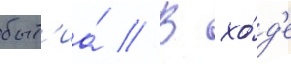
быт'иа́ // В хо́д'е